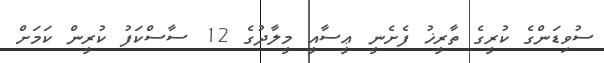
ސުވިޑަންގެ ކުރީގެ ތާރީޚު ފެށެނީ ޢީސާއީ މީލާދުގެ 12 ސާސްކަފު ކުރީން ކަމަށް